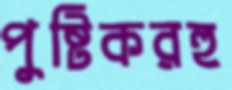
পুষ্টিকরহু